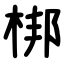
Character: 梆